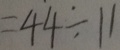
= 4 4 \div 1 1